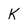
Character: K